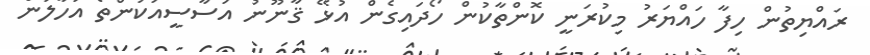
ރައްޔިތުން ހިފާ ހައްޔަރު މިކުރަނީ ކޮންތާކުން ހޯދައިގެން އުޅޭ ޤާނޫނު އަސާސީއަކުންތޯ އަހާލަން